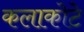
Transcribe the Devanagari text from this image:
कलाकोटे